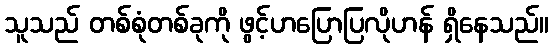
သူသည် တစ်စုံတစ်ခုကို ဖွင့်ဟပြောပြလိုဟန် ရှိနေသည်။